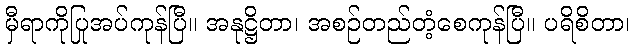
မှီရာကိုပြုအပ်ကုန်ပြီ။ အနုဋ္ဌိတာ၊ အစဉ်တည်တံ့စေကုန်ပြီ။ ပရိစိတာ၊